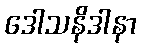
ဒေါသနိဒါနာ